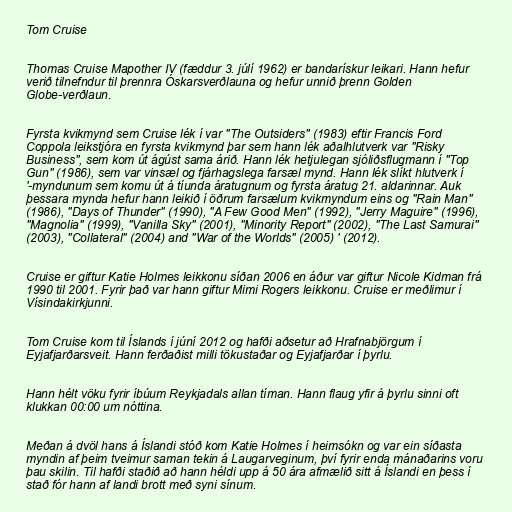
Tom Cruise

Thomas Cruise Mapother IV (fæddur 3. júlí 1962) er bandarískur leikari. Hann hefur
verið tilnefndur til þrennra Óskarsverðlauna og hefur unnið þrenn Golden
Globe-verðlaun.

Fyrsta kvikmynd sem Cruise lék í var "The Outsiders" (1983) eftir Francis Ford
Coppola leikstjóra en fyrsta kvikmynd þar sem hann lék aðalhlutverk var "Risky
Business", sem kom út ágúst sama árið. Hann lék hetjulegan sjóliðsflugmann í "Top
Gun" (1986), sem var vinsæl og fjárhagslega farsæl mynd. Hann lék slíkt hlutverk í
'-myndunum sem komu út á tíunda áratugnum og fyrsta áratug 21. aldarinnar. Auk
þessara mynda hefur hann leikið í öðrum farsælum kvikmyndum eins og "Rain Man"
(1986), "Days of Thunder" (1990), "A Few Good Men" (1992), "Jerry Maguire" (1996),
"Magnolia" (1999), "Vanilla Sky" (2001), "Minority Report" (2002), "The Last Samurai"
(2003), "Collateral" (2004) and "War of the Worlds" (2005) ' (2012).

Cruise er giftur Katie Holmes leikkonu síðan 2006 en áður var giftur Nicole Kidman frá
1990 til 2001. Fyrir það var hann giftur Mimi Rogers leikkonu. Cruise er meðlimur í
Vísindakirkjunni.

Tom Cruise kom til Íslands í júní 2012 og hafði aðsetur að Hrafnabjörgum í
Eyjafjarðarsveit. Hann ferðaðist milli tökustaðar og Eyjafjarðar í þyrlu.

Hann hélt vöku fyrir íbúum Reykjadals allan tíman. Hann flaug yfir á þyrlu sinni oft
klukkan 00:00 um nóttina.

Meðan á dvöl hans á Íslandi stóð kom Katie Holmes í heimsókn og var ein síðasta
myndin af þeim tveimur saman tekin á Laugarveginum, því fyrir enda mánaðarins voru
þau skilin. Til hafði staðið að hann héldi upp á 50 ára afmælið sitt á Íslandi en þess í
stað fór hann af landi brott með syni sínum.